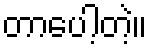
တာပေါ့တဲ့။